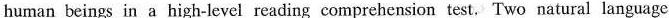
human beings in a high-level reading comprehcnsion test. Two natural language